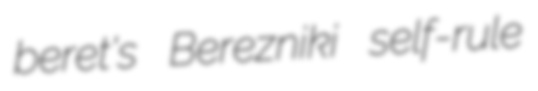
beret's Berezniki self-rule